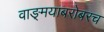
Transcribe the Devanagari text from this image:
वाङ्‌मयाबरोबरच